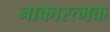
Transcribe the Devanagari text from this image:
नाकारत्मक